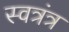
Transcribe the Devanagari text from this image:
स्वत्रंत्र